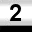
Digit: 2